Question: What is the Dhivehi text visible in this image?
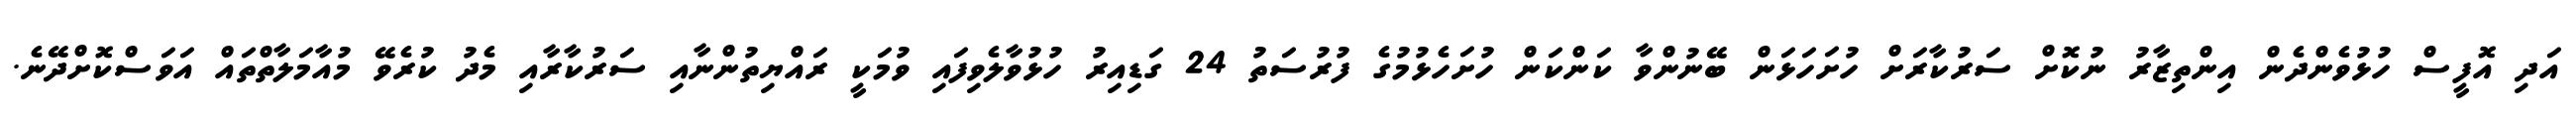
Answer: އަދި އޮފީސް ހުޅުވެންދެން އިންތިޒާރު ނުކޮށް ސަރުކާރަށް ހުށަހަޅަން ބޭނުންވާ ކަންކަން ހުށަހެޅުމުގެ ފުރުސަތު 24 ގަޑިއިރު ހުޅުވާލެވިފައި ވުމަކީ ރައްޔިތުންނާއި ސަރުކާރާއި މެދު ކުރެވޭ މުއާމަލާތްތައް އަވަސްކޮށްދޭނެ.